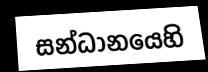
සන්ධානයෙහි